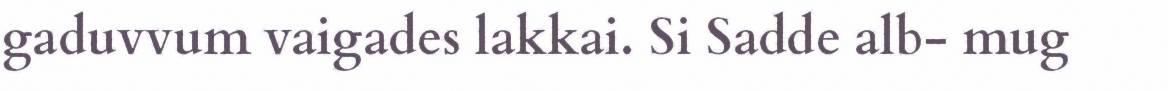
gaduvvum vaigades lakkai. Si Sadde alb- mug